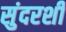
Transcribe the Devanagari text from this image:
सुंदरशी